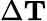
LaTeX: \Delta\mathbf{T}